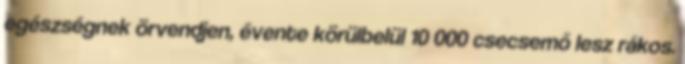
egészségnek örvendjen, évente körülbelül 10 000 csecsemő lesz rákos.